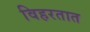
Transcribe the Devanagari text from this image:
विहरतात